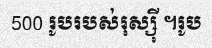
500 រូបរបស់រុស្ស៊ី ។រូប